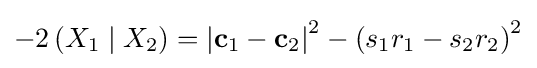
-2\left(X_{1}\mid X_{2}\right)=\left|\mathbf {c} _{1}-\mathbf {c} _{2}\right|^{2}-\left(s_{1}r_{1}-s_{2}r_{2}\right)^{2}